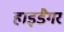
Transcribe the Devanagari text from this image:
हाइडैगर